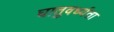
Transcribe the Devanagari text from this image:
घातुवर्ध्यता